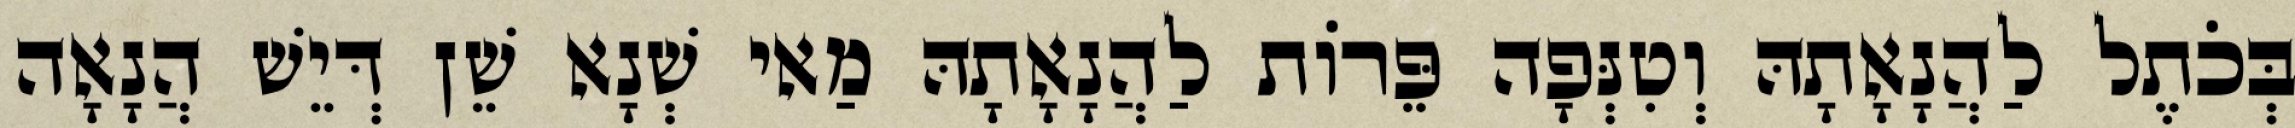
בְּכֹתֶל לַהֲנָאָתָהּ וְטִנְּפָה פֵּרוֹת לַהֲנָאָתָהּ מַאי שְׁנָא שֵׁן דְּיֵשׁ הֲנָאָה